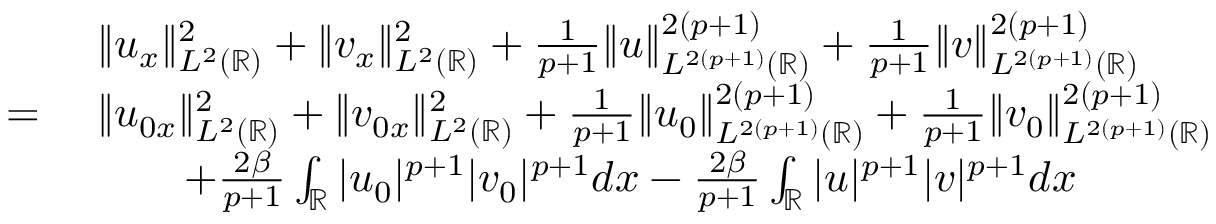
\begin{array} { r l } & { \| u _ { x } \| _ { L ^ { 2 } ( \mathbb { R } ) } ^ { 2 } + \| v _ { x } \| _ { L ^ { 2 } ( \mathbb { R } ) } ^ { 2 } + \frac { 1 } { p + 1 } \| u \| _ { L ^ { 2 ( p + 1 ) } ( \mathbb { R } ) } ^ { 2 ( p + 1 ) } + \frac { 1 } { p + 1 } \| v \| _ { L ^ { 2 ( p + 1 ) } ( \mathbb { R } ) } ^ { 2 ( p + 1 ) } } \\ { = \ } & { \| u _ { 0 x } \| _ { L ^ { 2 } ( \mathbb { R } ) } ^ { 2 } + \| v _ { 0 x } \| _ { L ^ { 2 } ( \mathbb { R } ) } ^ { 2 } + \frac { 1 } { p + 1 } \| u _ { 0 } \| _ { L ^ { 2 ( p + 1 ) } ( \mathbb { R } ) } ^ { 2 ( p + 1 ) } + \frac { 1 } { p + 1 } \| v _ { 0 } \| _ { L ^ { 2 ( p + 1 ) } ( \mathbb { R } ) } ^ { 2 ( p + 1 ) } } \\ & { \qquad + \frac { 2 \beta } { p + 1 } \int _ { \mathbb { R } } | u _ { 0 } | ^ { p + 1 } | v _ { 0 } | ^ { p + 1 } d x - \frac { 2 \beta } { p + 1 } \int _ { \mathbb { R } } | u | ^ { p + 1 } | v | ^ { p + 1 } d x } \end{array}